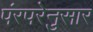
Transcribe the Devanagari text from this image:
पंरपरेनुसार